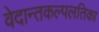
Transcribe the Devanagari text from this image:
वेदान्तकल्पलतिका